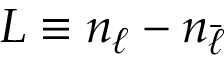
L \equiv n _ { \ell } - n _ { \bar { \ell } }